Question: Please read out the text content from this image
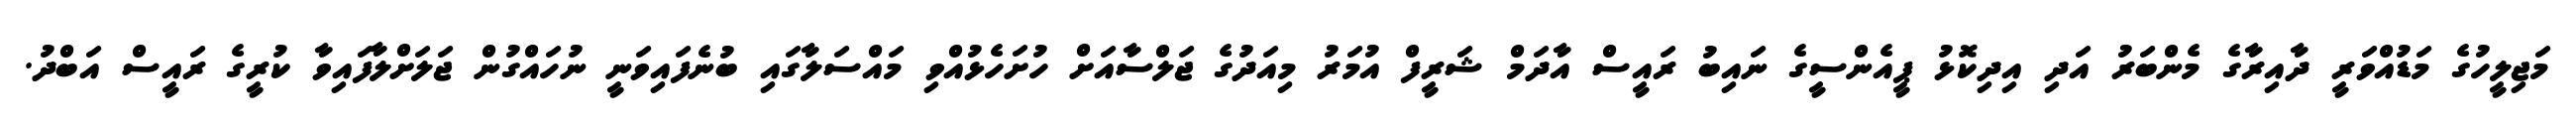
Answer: މަޖިލީހުގެ މަޑުއްވަރީ ދާއިރާގެ މެންބަރު އަދި އިދިކޮޅު ޕީއެންސީގެ ނައިބު ރައީސް އާދަމް ޝަރީފް އުމަރު މިއަދުގެ ޖަލްސާއަށް ހުށަހެޅުއްވި މައްސަލާގައި ބުނެފައިވަނީ ނުހައްގުން ޖަލަށްލާފައިވާ ކުރީގެ ރައީސް އަބްދު.